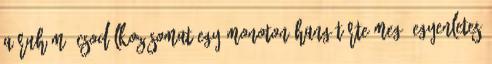
a ruhám? Csodálkozásomat egy monoton hang törte meg. Egyenletes